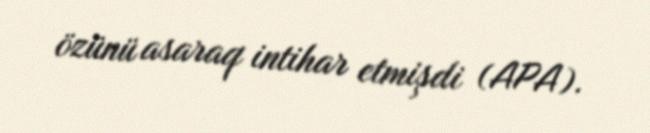
özünü asaraq intihar etmişdi (APA).